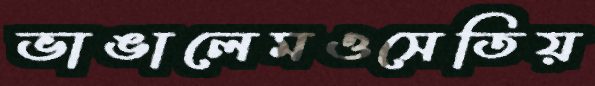
ভাঙালেমওসেতিয়